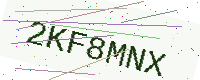
Text: 2KF8MNX